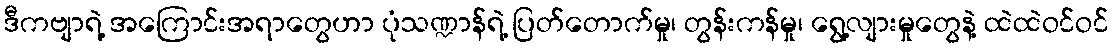
ဒီကဗျာရဲ့ အကြောင်းအရာတွေဟာ ပုံသဏ္ဍာန်ရဲ့ ပြတ်တောက်မှု၊ တွန်းကန်မှု၊ ရွေ့လျားမှုတွေနဲ့ ထဲထဲဝင်ဝင်